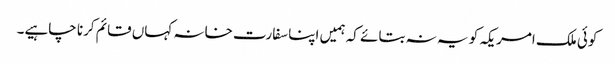
کوئی ملک امریکہ کو یہ نہ بتائے کہ ہمیں اپنا سفارت خانہ کہاں قائم کرنا چاہیے۔